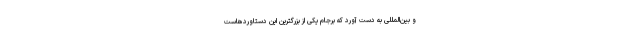
و بین‌المللی به دست آورد که برجام یکی از بزرگترین این دستاوردهاست